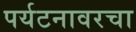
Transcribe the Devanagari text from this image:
पर्यटनावरचा